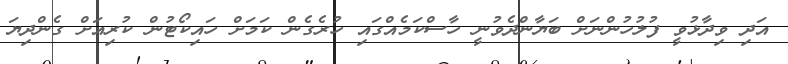
އަދި ވިދާޅުވީ ފުލުހުންނަށް ބަޔާންދެވުނީ ހާސްކަމެއްގައި ހުރެގެން ކަމަށް ހައިކޯޓުން ކުރިއަށް ގެންދިޔަ